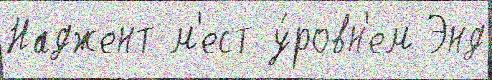
Наджент м'ест у́ровн'ем Энд